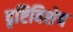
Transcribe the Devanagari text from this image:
दृष्टिविशेष